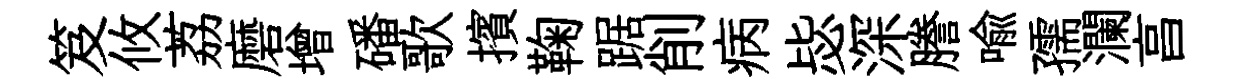
笈攸荔磨增磻歌擯鞠踞削病毖深謄喩孺瀾亯